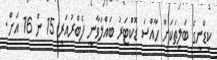
ކިޑްނީގެ ބަލިތަކަށް ހާއްސަ ޑޮކްޓަރު ބައްލަވާނީ ފެބްރުއަރީ 15 ން 16 އަށް.